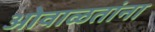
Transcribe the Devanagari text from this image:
ओवाळतांना